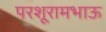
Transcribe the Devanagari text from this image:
परशूरामभाऊ